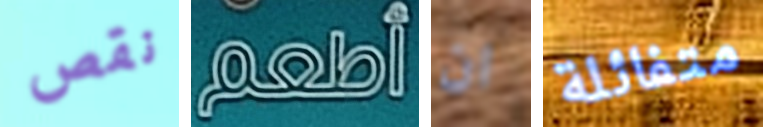
نقص أطعم ان متفائلة